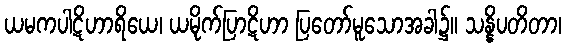
ယမကပါဋိဟာရိယေ၊ ယမိုက်ပြာဋိဟာ ပြတော်မူသောအခါ၌။ သန္နိပတိတာ၊